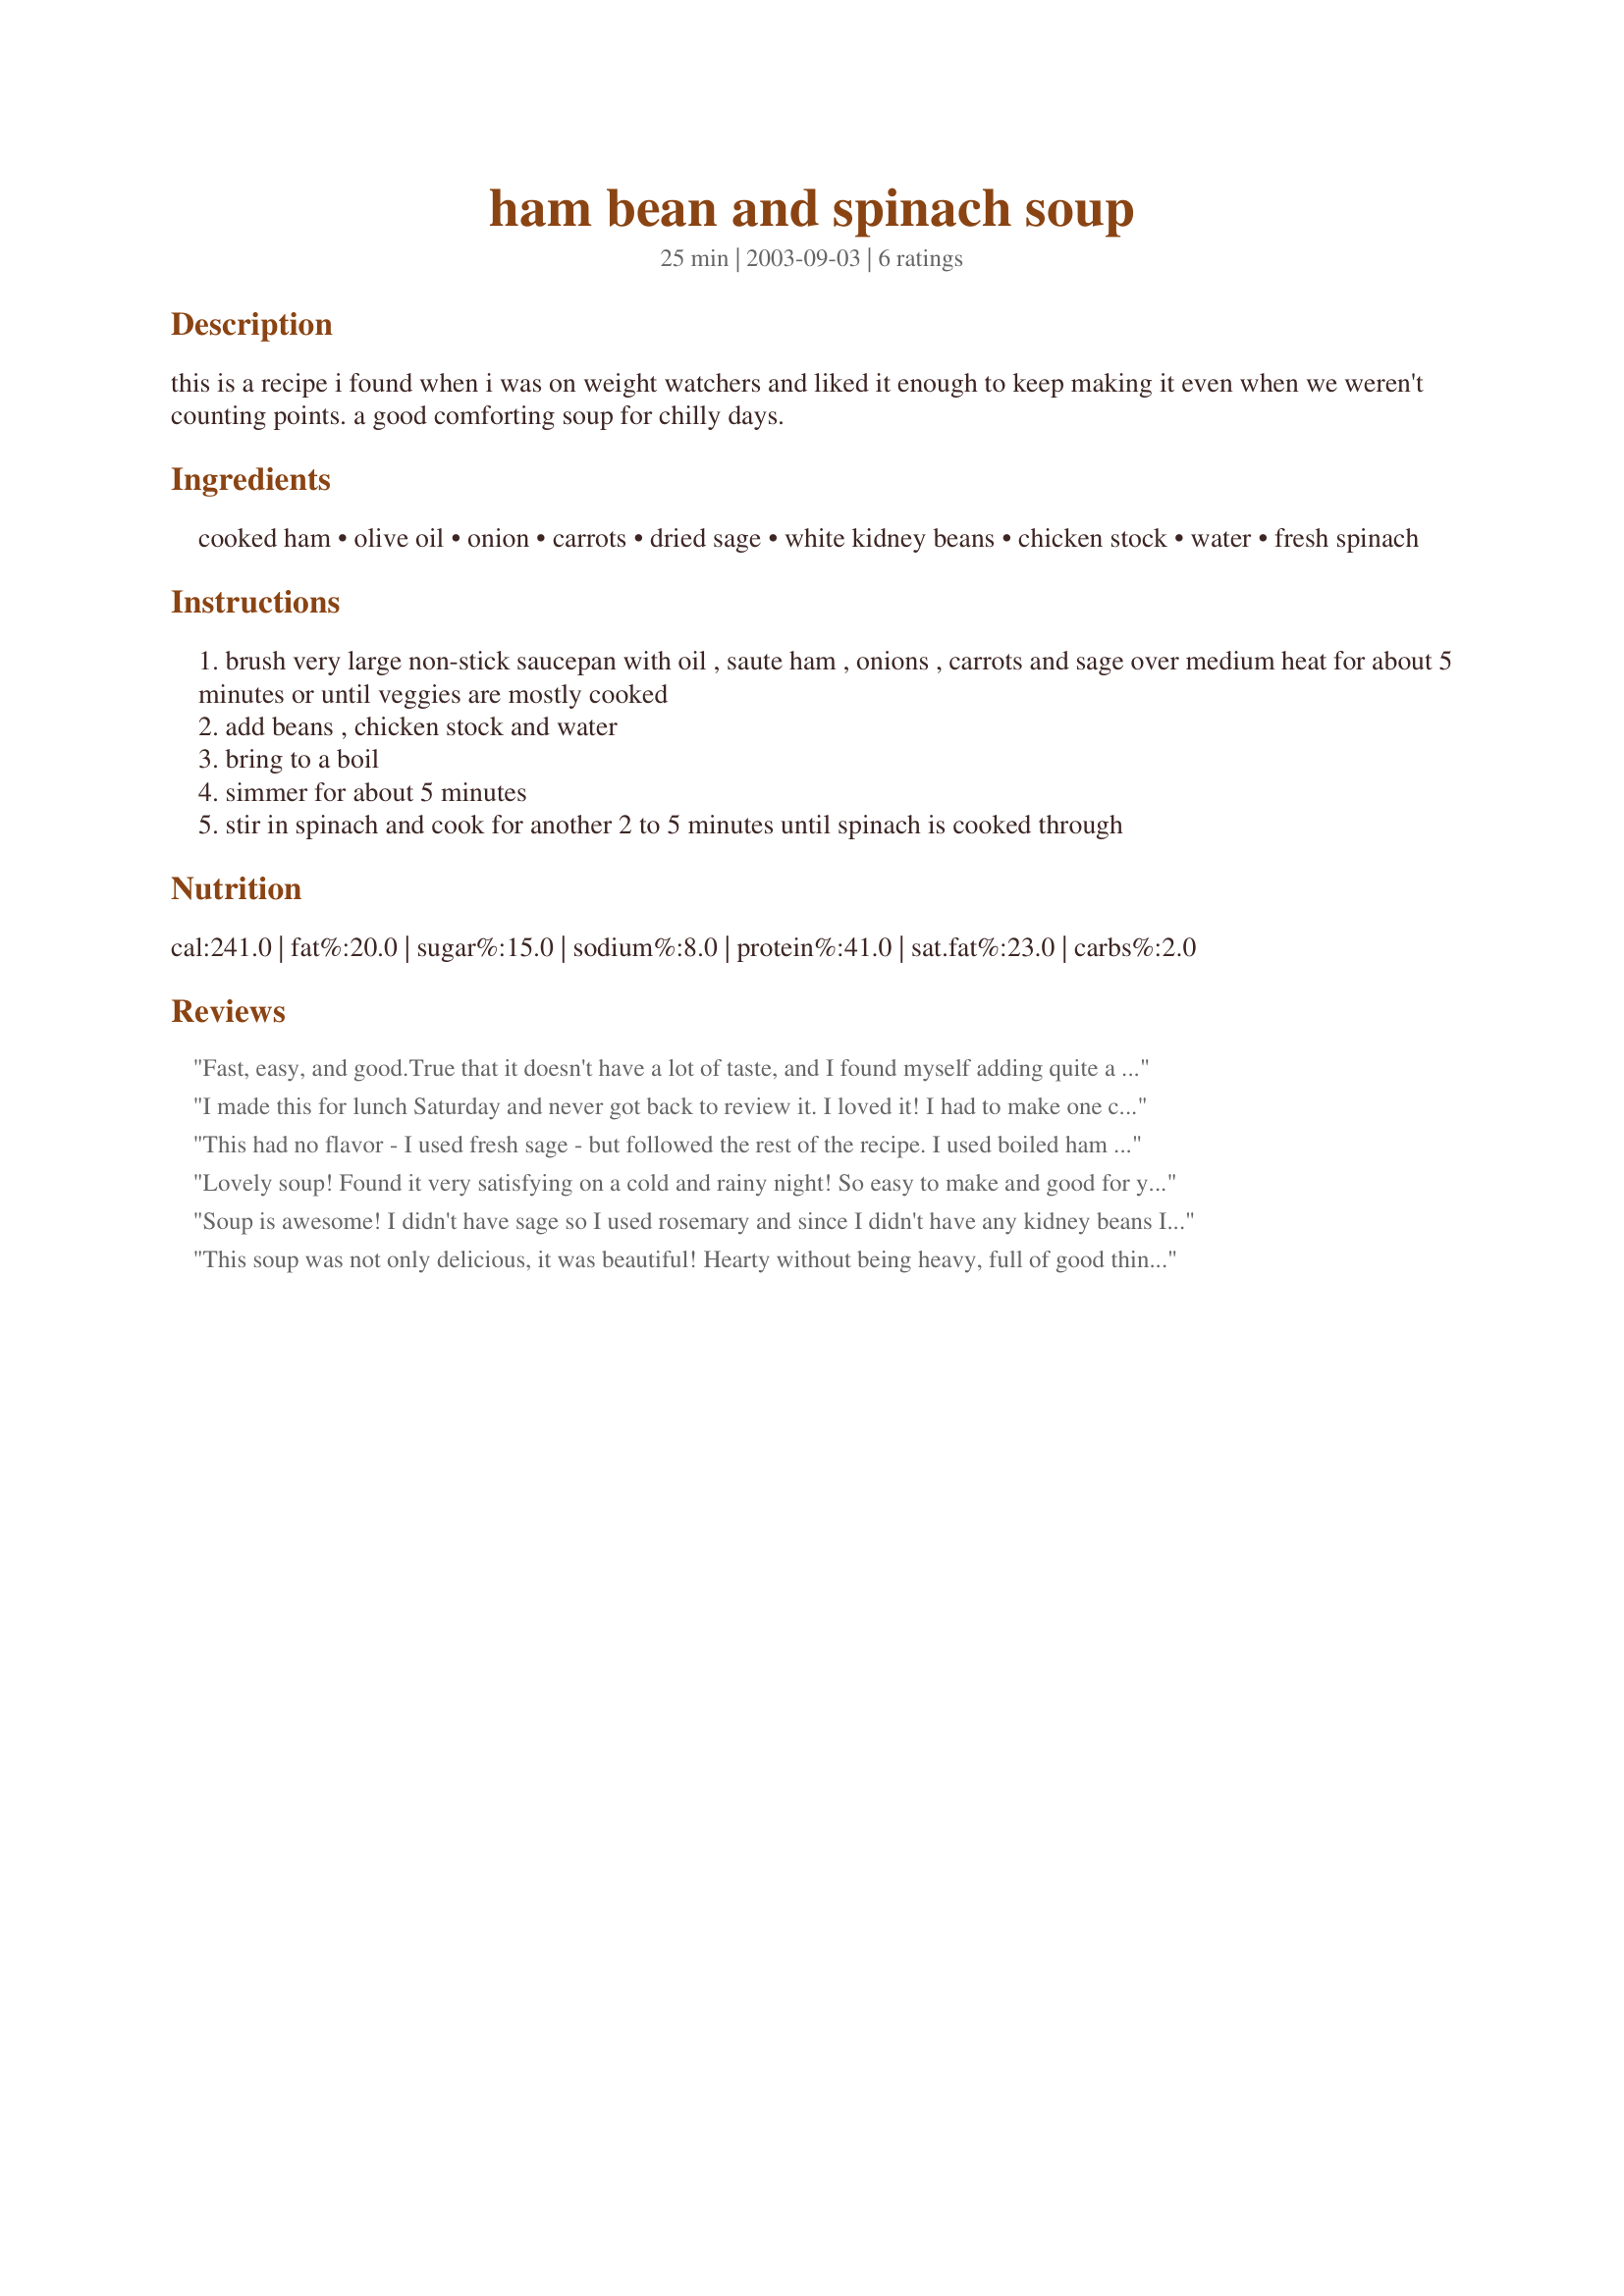
ham bean and spinach soup
Preparation time: 25 minutes

this is a recipe i found when i was on weight watchers and liked it enough to keep making it even when we weren't counting points. a good comforting soup for chilly days.

Ingredients:
cooked ham, olive oil, onion, carrots, dried sage, white kidney beans, chicken stock, water, fresh spinach

Steps:
brush very large non-stick saucepan with oil , saute ham , onions , carrots and sage over medium heat for about 5 minutes or until veggies are mostly cooked
add beans , chicken stock and water
bring to a boil
simmer for about 5 minutes
stir in spinach and cook for another 2 to 5 minutes until spinach is cooked through

Reviews:
Fast, easy, and good.True that it doesn't have a lot of taste, and I found myself adding quite a bit of salt and pepper to it. I might try smoked ham in the future.
I made this for lunch Saturday and never got back to review it. I loved it! I had to make one change. I used a can of light red kidney beans rather than the white kidney beans because that was what I had on hand. I can't imagine it could be any better using a different bean. One thing I will remember to do next time that I make this is to coarsley cut the spinach before I add it. I added a fresh ground of black pepper when I served it and it was wonderful. Thanks for posting this one.
This had no flavor - I used fresh sage - but followed the rest of the recipe. I used boiled ham - perhaps it needed black forest or another kind.
Lovely soup! Found it very satisfying on a cold and rainy night! So easy to make and good for you, too! Only changes that I made was to add salt and pepper, and I served it with Parmesan cheese. Will definitely makes this again!
Soup is awesome! I didn't have sage so I used rosemary and since I didn't have any kidney beans I used pink but I'm sure it either way this soup is great! Will definitely be making this again!! Thanks! :)
This soup was not only delicious, it was beautiful! Hearty without being heavy, full of good things for you. I'm happy to have found it. Thanks!
